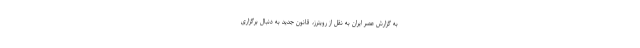
به گزارش عصر ایران به نقل از رویترز، قانون جدید به دنبال برگزاری